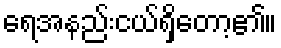
ရေအနည်းငယ်ရှိတော့၏။